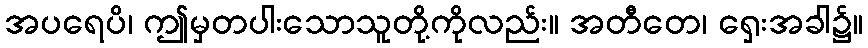
အပရေပိ၊ ဤမှတပါးသောသူတို့ကိုလည်း။ အတီတေ၊ ရှေးအခါ၌။